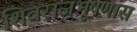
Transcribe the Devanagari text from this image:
शिवराजभूषणास